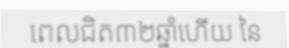
ពេលជិត៣២ឆ្នាំហើយ នៃ